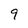
Character: 9